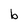
Character: b